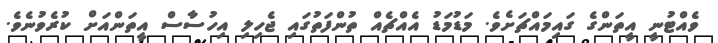
ވެއްޓުނީ އީތަންގެ ގައިމައްޗަށެެވެ. މަޑުމަޑު އެއްޗެއް ތުންފަތުގައި ޖެހިލި އިހުސާސް އީތަންއަށް ކުރެވުނެވެ.